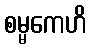
စမ္မကေဟိ